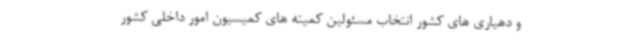
و دهیاری های کشور انتخاب مسئولین کمیته های کمیسیون امور داخلی کشور